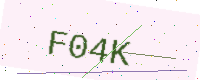
Text: F04K